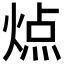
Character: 𬊬